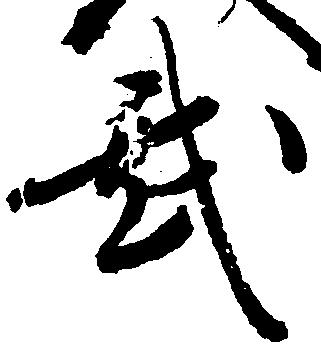
武